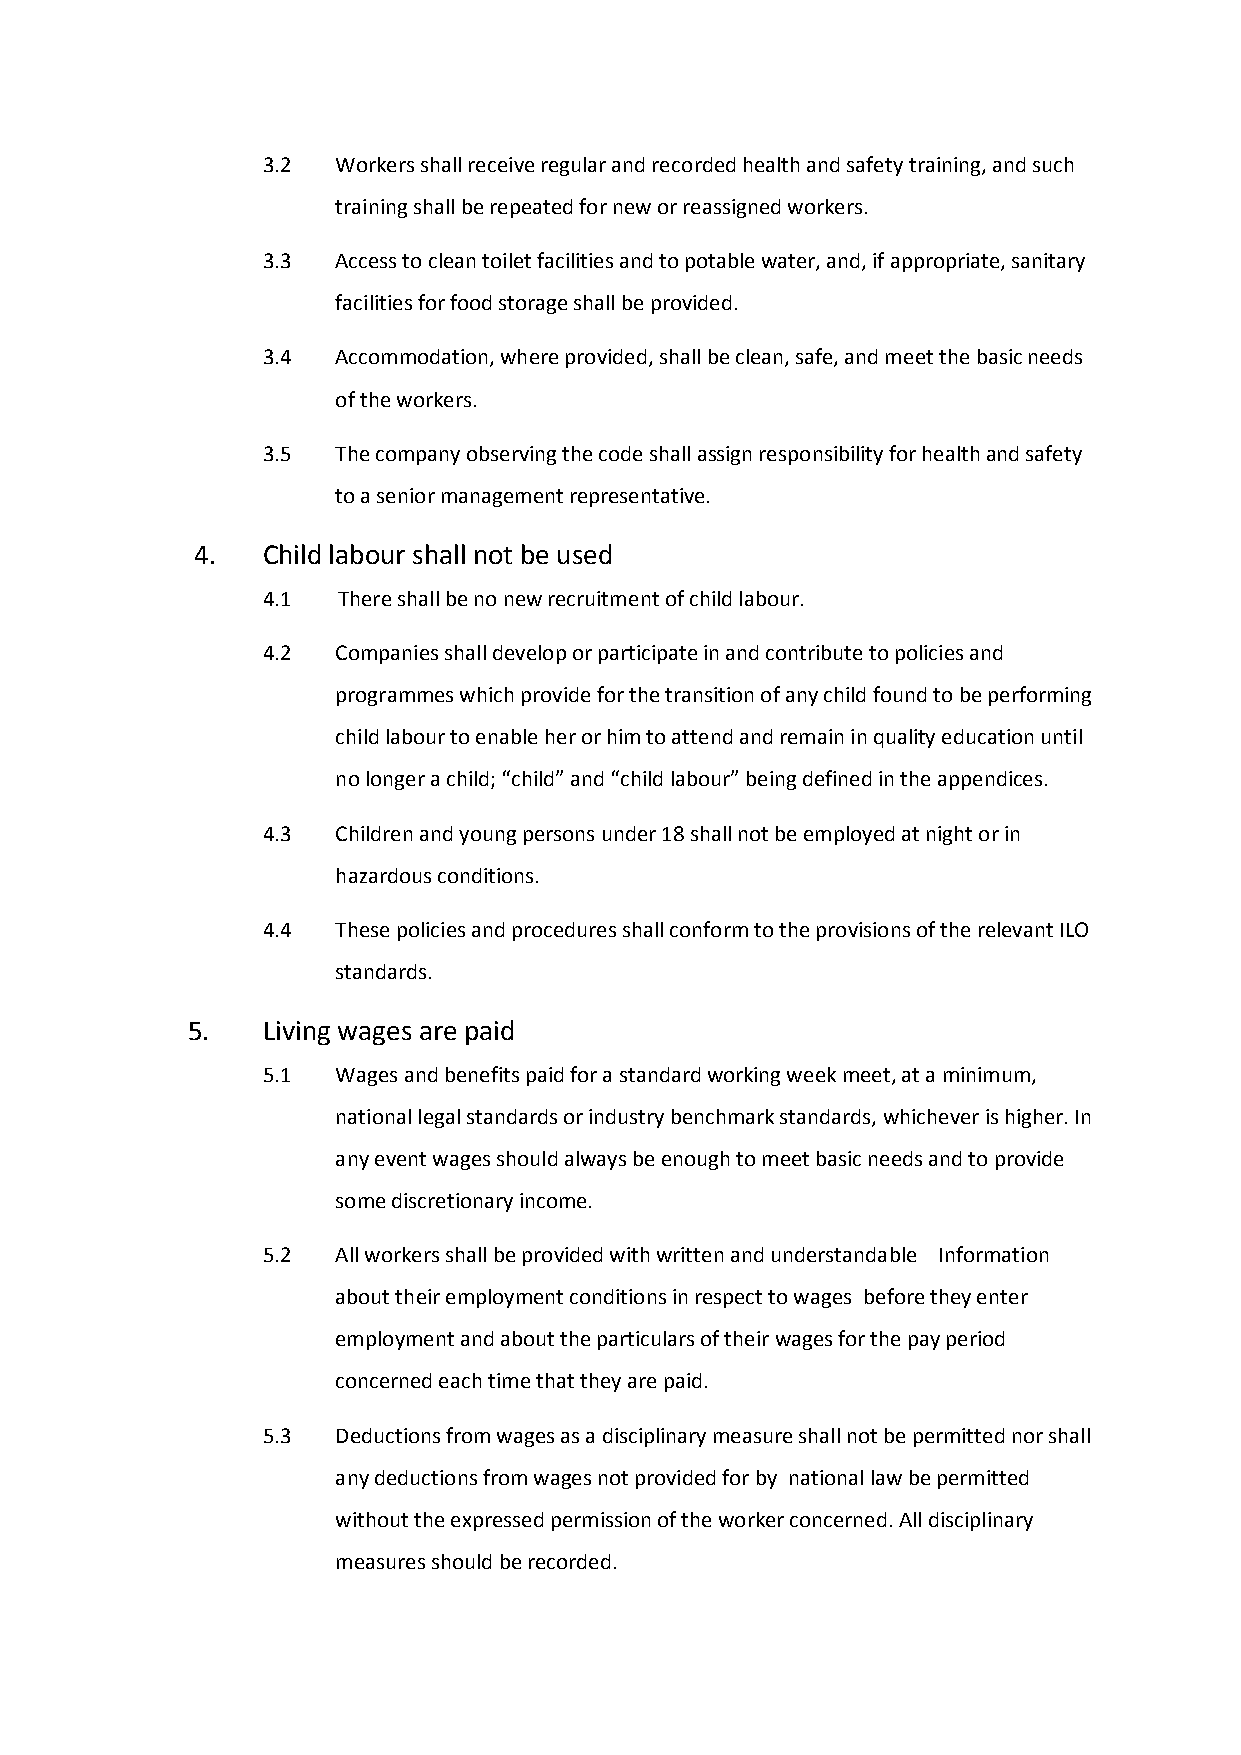
3.2  Workers shall receive regular and recorded health and safety training, and such
 training shall be repeated for new or reassigned workers.
 3.3  Access to clean toilet facilities and to potable water, and, if appropriate, sanitary
 facilities for food storage shall be provided.
 3.4  Accommodation, where provided, shall be clean, safe, and meet the basic needs
 of the workers.
 3.5  The company observing the code shall assign responsibility for health and safety
 to a senior management representative.
 4.  Child labour shall not be used
 4.1  There shall be no new recruitment of child labour.
 4.2  Companies shall develop or participate in and contribute to policies and
 programmes which provide for the transition of any child found to be performing
 child labour to enable her or him to attend and remain in quality education until
 no longer a child; “child” and “child labour” being defined in the appendices.
 4.3  Children and young persons under 18 shall not be employed at night or in
 hazardous conditions.
 4.4  These policies and procedures shall conform to the provisions of the relevant ILO
 standards.
 5.   Living wages are paid
 5.1  Wages and benefits paid for a standard working week meet, at a minimum,
 national legal standards or industry benchmark standards, whichever is higher. In
 any event wages should always be enough to meet basic needs and to provide
 some discretionary income.
 5.2  All workers shall be provided with written and understandable Information
 about their employment conditions in respect to wages before they enter
 employment and about the particulars of their wages for the pay period
 concerned each time that they are paid.
 5.3  Deductions from wages as a disciplinary measure shall not be permitted nor shall
 any deductions from wages not provided for by national law be permitted
 without the expressed permission of the worker concerned. All disciplinary
 measures should be recorded.